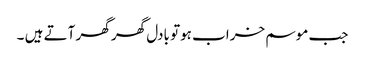
جب موسم خراب ہوتو بادل گھر گھر آتے ہیں ۔